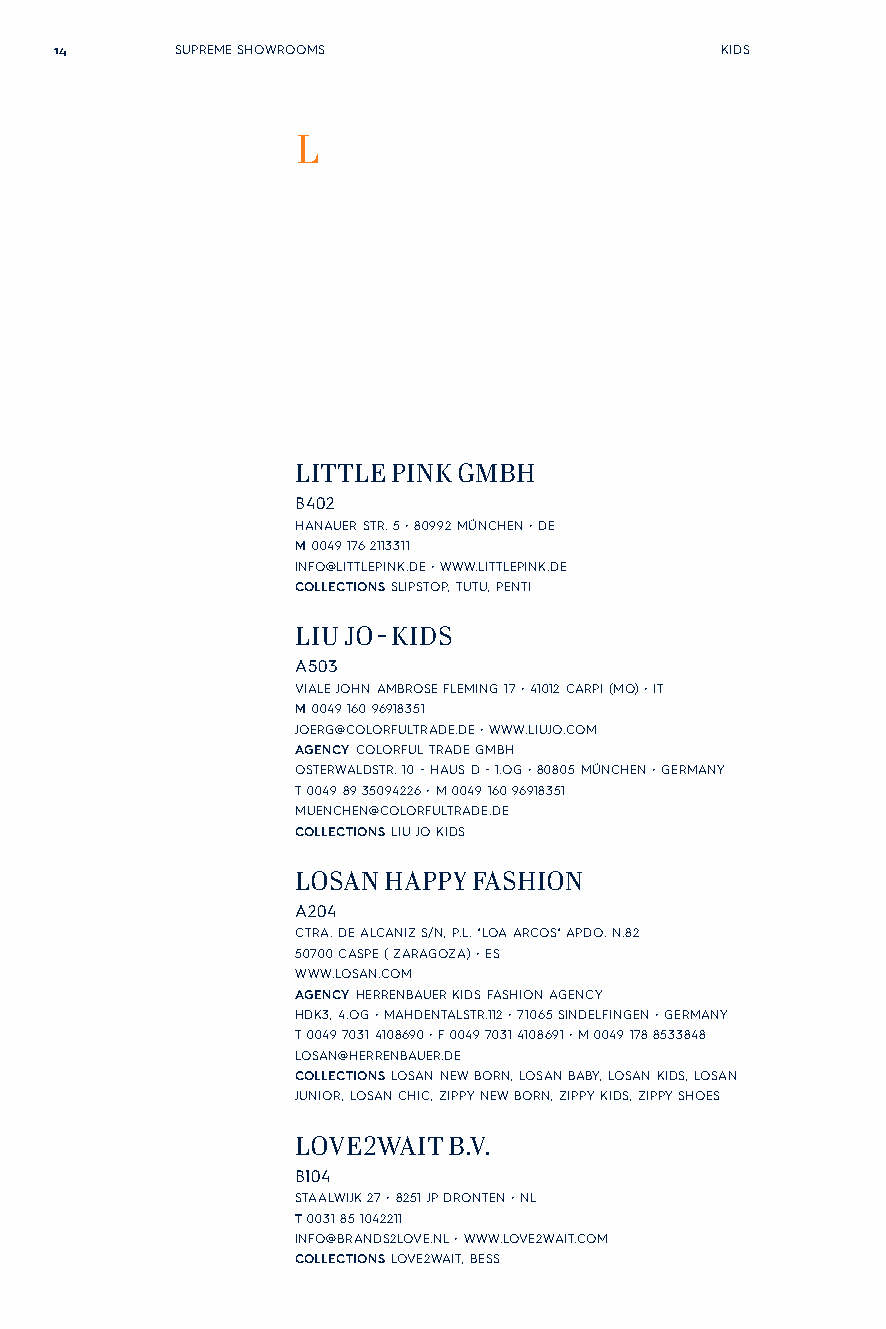
14      SUPREME SHOWROOMS                   KIDS
 L
 LITTLE PINK GMBH
 B402
 HANAUER STR. 5 • 80992 MÜNCHEN • DE
 M 0049 176 2113311
 INFO@LITTLEPINK.DE • WWW.LITTLEPINK.DE
 COLLECTIONS SLIPSTOP, TUTU, PENTI
 LIU JO - KIDS
 A503
 VIALE JOHN AMBROSE FLEMING 17 • 41012 CARPI (MO) • IT
 M 0049 160 96918351
 JOERG@COLORFULTRADE.DE • WWW.LIUJO.COM
 AGENCY COLORFUL TRADE GMBH
 OSTERWALDSTR. 10 - HAUS D - 1.OG • 80805 MÜNCHEN • GERMANY
 T 0049 89 35094226 • M 0049 160 96918351
 MUENCHEN@COLORFULTRADE.DE
 COLLECTIONS LIU JO KIDS
 LOSAN HAPPY FASHION
 A204
 CTRA. DE ALCANIZ S/N, P.L. "LOA ARCOS" APDO. N.82
 50700 CASPE ( ZARAGOZA) • ES
 WWW.LOSAN.COM
 AGENCY HERRENBAUER KIDS FASHION AGENCY
 HDK3, 4.OG • MAHDENTALSTR.112 • 71065 SINDELFINGEN • GERMANY
 T 0049 7031 4108690 • F 0049 7031 4108691 • M 0049 178 8533848
 LOSAN@HERRENBAUER.DE
 COLLECTIONS LOSAN NEW BORN, LOSAN BABY, LOSAN KIDS, LOSAN
 JUNIOR, LOSAN CHIC, ZIPPY NEW BORN, ZIPPY KIDS, ZIPPY SHOES
 LOVE2WAIT B.V.
 B104
 STAALWIJK 27 • 8251 JP DRONTEN • NL
 T 0031 85 1042211
 INFO@BRANDS2LOVE.NL • WWW.LOVE2WAIT.COM
 COLLECTIONS LOVE2WAIT, BESS